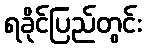
ရခိုင်ပြည်တွင်း